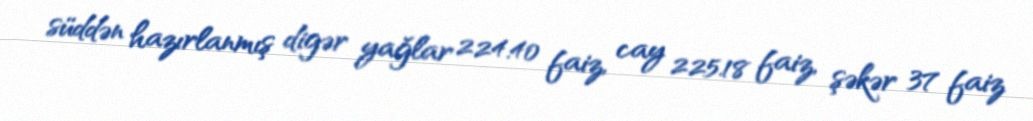
süddən hazırlanmış digər yağlar 224.40 faiz, cay 225.18 faiz, şəkər 37 faiz